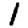
Digit: 1